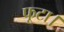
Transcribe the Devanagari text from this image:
फूटा।